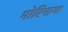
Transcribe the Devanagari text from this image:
मोरिनागा